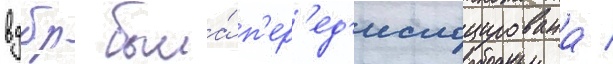
вдбр была́ п'ер'ед'ислоцирована /